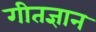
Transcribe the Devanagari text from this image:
गीतज्ञान